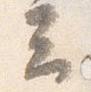
云